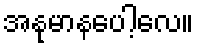
အနုမာနပေါ့လေ။